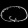
Digit: ၀